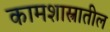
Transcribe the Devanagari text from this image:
कामशास्त्रातील